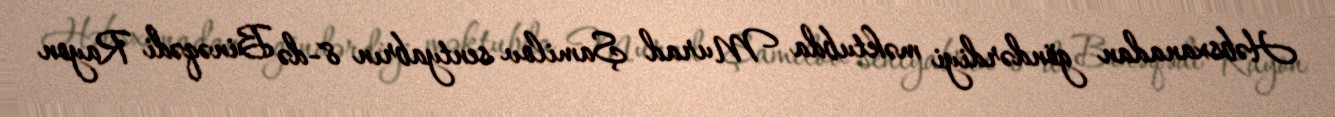
Həbsxanadan göndərdiyi məktubda Murad Şamilov sentyabrın 8-də Binəqədi Rayon